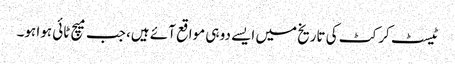
ٹیسٹ کرکٹ کی تاریخ میں ایسے دو ہی مواقع آئے ہیں، جب میچ ٹائی ہوا ہو۔